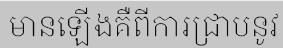
មានឡើងគឺពីការជ្រាបនូវ